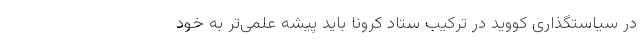
در سیاستگذاری کووید در ترکیب ستاد کرونا باید پیشه علمی‌تر به خود